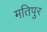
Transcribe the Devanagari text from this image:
मतिपुर